Scottish Leaving Certificate Examination, 1951
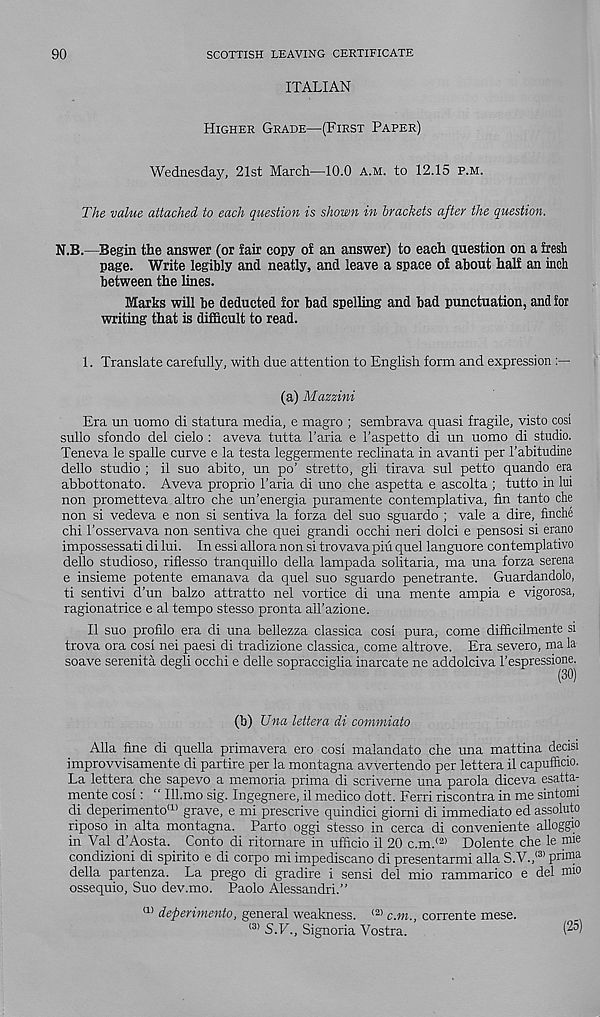
90
SCOTTISH LEAVING CERTIFICATE
ITALIAN
Higher Grade—(First Paper)
Wednesday, 21st March—10.0 A.M. to 12.15 p.m.
The value attached to each question is shown in brackets after the question.
N.B.—Begin the answer (or fair copy of an answer) to each question on a fresh
page. Write legibly and neatly, and leave a space of about half an inch
between the lines.
Marks will be deducted for bad spelling and bad punctuation, and for
writing that is difficult to read.
1. Translate carefully, with due attention to English form and expression
(a) Mazzini
Era un uomo di statura media, e magro ; sembrava quasi fragile, visto cosi
sullo sfondo del cielo : aveva tutta 1’aria e 1’aspetto di un uomo di studio.
Teneva le spalle curve e la testa leggermente reclinata in avanti per I’abitudine
dello studio ; il suo abito, un po’ stretto, gli tirava sul petto quando era
abbottonato. Aveva proprio 1’aria di uno che aspetta e ascolta ; tutto in lui
non prometteva altro che un’energia puramente contemplativa, fin tanto che
non si vedeva e non si sentiva la forza del suo sguardo ; vale a dire, finche
chi 1’osservava non sentiva che quei grand! occhi neri dolci e pensosi si erano
impossessati di lui. In essi allora non si tro vava pin quel languore contemplativo
dello studioso, riflesso tranquillo della lampada solitaria, ma una forza serena
e insieme potente emanava da quel suo sguardo penetrante. Guardandolo,
ti sentivi d’un balzo attratto nel vortice di una mente ampia e vigorosa,
ragionatrice e al tempo stesso pronta all’azione.
II suo profilo era di una bellezza classica cosi pura, come difficilmente si
trova ora cosi nei paesi di tradizione classica, come altrove. Era severe, ma la
soave serenita degli occhi e delle sopracciglia inarcate ne addolciva 1’espressione.
(b) Una lettera di commiato
Alla fine di quella primavera ero cosi malandato che una mattina decisi
improvvisamente di partire per la montagna avvertendo per lettera il capufficio.
La lettera che sapevo a memoria prima di scriveme una parola diceva esatta-
mente cosi: “ Ill.mo sig. Ingegnere, il medico dott. Ferri riscontra in me sintomi
di deperimento 11 ’ grave, e mi prescrive quindici giorni di immediate ed assoluto
riposo in alta montagna. Parto oggi stesso in cerca di conveniente alloggio
in Val d’Aosta. Conto di ritornare in ufficio il 20 c.m. <2) Dolente che le mie
condizioni di spirito e di corpo mi impediscano di presentarmi alia S.V., <3> prima
della partenza. La prego di gradire i sensi del mio rammarico e del mi°
ossequio, Suo dev.mo. Paolo Alessandri.”
a) deperimento, general weakness. <2) c.m., corrente mese.
(3 > S.V., Signoria Vostra.
( 25 )